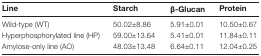
| Line | Starch | β-Glucan | Protein |
 | --- | --- | --- | --- |
 | Wild-type (WT) | 50.02±8.86 | 5.91±0.01 | 10.50±0.67 |
 | Hyperphosphorylated line (HP) | 59.00±13.64 | 5.41±0.01 | 11.84±0.11 |
 | Amylose-only line (AO) | 48.03±13.48 | 6.64±0.11 | 12.04±0.25 |